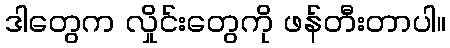
ဒါတွေက လှိုင်းတွေကို ဖန်တီးတာပါ။